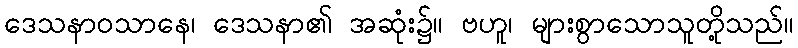
ဒေသနာဝသာနေ၊ ဒေသနာ၏ အဆုံး၌။ ဗဟူ၊ များစွာသောသူတို့သည်။